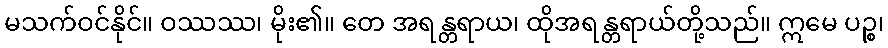
မသက်ဝင်နိုင်။ ဝဿဿ၊ မိုး၏။ တေ အရန္တရာယ၊ ထိုအရန္တရာယ်တို့သည်။ ဣမေ ပဉ္စ၊